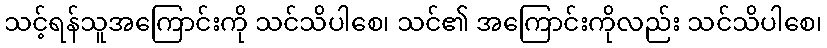
သင့်ရန်သူအကြောင်းကို သင်သိပါစေ၊ သင်၏ အကြောင်းကိုလည်း သင်သိပါစေ၊